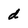
Character: d